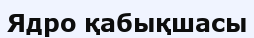
Ядро қабықшасы